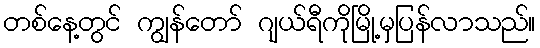
တစ်နေ့တွင် ကျွန်တော် ဂျယ်ရီကိုမြို့မှပြန်လာသည်။